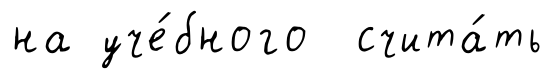
на уче́бного счита́ть